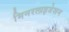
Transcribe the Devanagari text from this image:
मिनरलाइजेशन